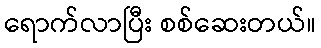
ရောက်လာပြီး စစ်ဆေးတယ်။